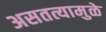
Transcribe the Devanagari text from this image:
असतत्यामुळे